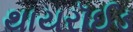
થાયરૉઈડ